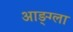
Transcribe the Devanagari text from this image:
आङ्ग्ला